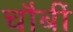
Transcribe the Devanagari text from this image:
चौबीं